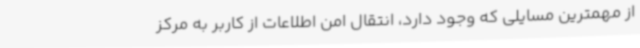
از مهمترین مسایلی که وجود دارد، انتقال امن اطلاعات از کاربر به مرکز